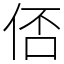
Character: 俖